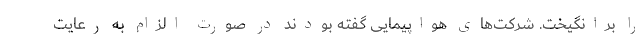
را برانگیخت. شرکت‌های هواپیمایی گفته بودند در صورت الزام به رعایت